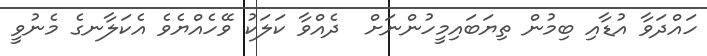
ހައްދަވާ އުޑާއި ބިމުން ތިޔަބައިމީހުންނަށް  ދެއްވާ ކަލަކު ވޭހެއްޔެވެ އެކަލާނގެ މެނުވީ